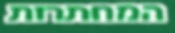
המחתרות